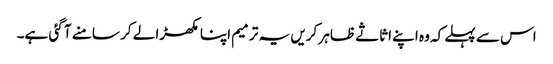
اس سے پہلے کہ وہ اپنے اثاثے ظاہر کریں یہ ترمیم اپنا مکھڑا لے کر سامنے آ گئی ہے۔